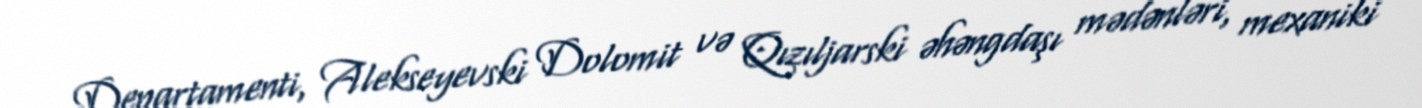
Departamenti, Alekseyevski Dolomit və Qızıljarski əhəngdaşı mədənləri, mexaniki